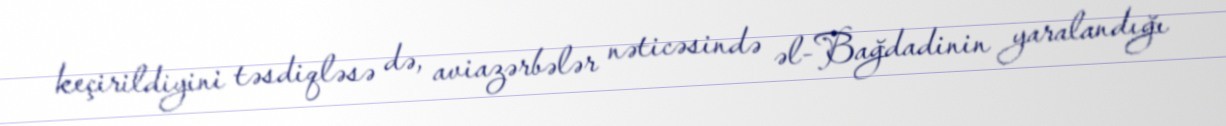
keçirildiyini təsdiqləsə də, aviazərbələr nəticəsində əl-Bağdadinin yaralandığı